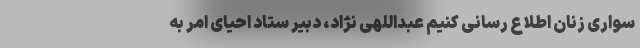
سواری زنان اطلاع رسانی کنیم عبداللهی نژاد، دبیر ستاد احیای امر به